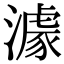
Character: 澽